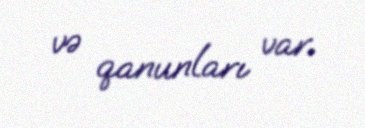
və qanunları var.